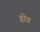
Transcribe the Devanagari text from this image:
ह्रोड